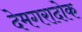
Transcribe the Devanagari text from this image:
देमगरादोक